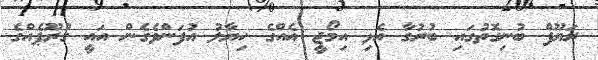
ރަޔޫފް ބުނިގޮތުގައި ބުރުގާ އެޅި އިމޯޖީ އެއްގެ ހިޔާލު އުފަންވެގެން އައީ ގުރޫޕެއްގެ